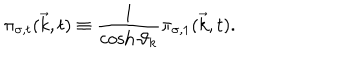
LaTeX: { \pi } _ { { \sigma } , t } ( { \vec { k } } , t ) \equiv \frac { 1 } { \cosh { \vartheta } _ { k } } { \pi } _ { { \sigma } , 1 } ( { \vec { k } } , t ) .